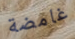
غامضة